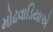
મોઢવાડિયાએ